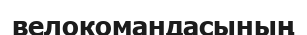
велокомандасының